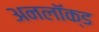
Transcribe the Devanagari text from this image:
अनलॉक्ड